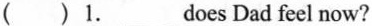
( ) 1.___does Dad feel now?